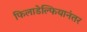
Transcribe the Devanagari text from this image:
फिलाडेल्फियानंतर